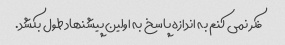
فکر نمی کنم به اندازه پاسخ به اولین پیشنهاد طول بکشد.